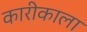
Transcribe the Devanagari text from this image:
कारीकाला